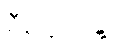
စီမံချက်နှင့်